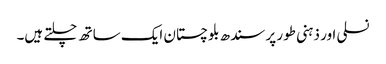
نسلی اور ذہنی طور پر سندھ بلوچستان ایک ساتھ چلتے ہیں۔